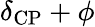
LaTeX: \delta_{\mathrm{CP}}+\phi